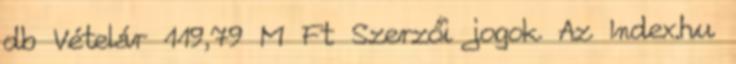
db Vételár 119,79 M Ft Szerzői jogok Az Index.hu